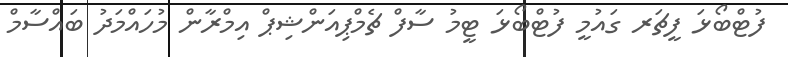
ފުޓްބޯޅަ ފީޗަރ ގައުމީ ފުޓްބޯޅަ ޓީމު ސާފް ޗެމްޕިއަންޝިޕް އިމްރާން މުހައްމަދު ބައްސާމް